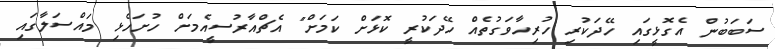
ސަބަބުން އެގޮޅީގައި ހޭދަކުރި ހުރިހާވަގުތެއް ހޭދަކުރީ ކޮޅަށް ކަމަށް" އެޗްއާރުސީއެމަށް ހުށަހެޅި މައްސަލާގައި